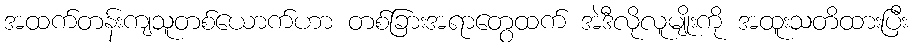
အထက်တန်းကျသူတစ်ယောက်ဟာ တစ်ခြားအရာတွေထက် အဲဒီလိုလူမျိုးကို အထူးသတိထားပြီး